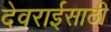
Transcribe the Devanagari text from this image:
देवराईसाठी